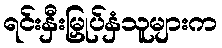
ရင်းနှီးမြှုပ်နှံသူများက